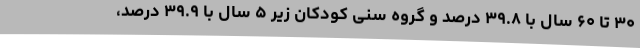
۳۰ تا ۶۰ سال با ۳۹.۸ درصد و گروه سنی کودکان زیر ۵ سال با ۳۹.۹ درصد،